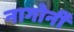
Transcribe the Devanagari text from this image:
नागोर्नी